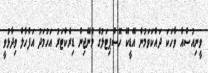
ވީނިއުސްއާ ވާހަކަ ދައްކަވަމުން އޭޑީކޭ ހޮސްޕިޓަލުގެ މެނޭޖިން ޑިރެކްޓަރު އަހުމަދު އަފްހާލް ވިދާޅުވީ